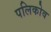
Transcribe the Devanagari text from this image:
पलिकोव